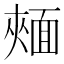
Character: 𩈧